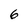
Character: 6